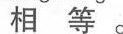
相等。